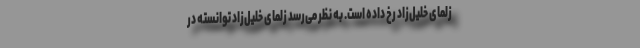
زلمای خلیل‌زاد رخ داده است. به نظر می‌رسد زلمای خلیل‌زاد توانسته در